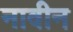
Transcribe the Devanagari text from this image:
नावीन